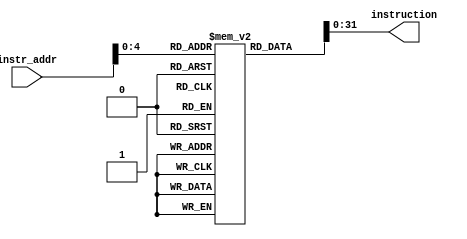
module instrmem (
    input [31:0] instr_addr,
    output [31:0] instruction
);

	reg [255:0] memory [31:0];
	
	assign instruction = memory[instr_addr];
	
	initial begin
		memory[0] = 32'b00000010100000000000000000000111;
		memory[1] = 32'b00000010100000010001000000001001;
		memory[2] = 32'b00000000100000000010000000000001;
		memory[3] = 32'b00000101100100100011000000000000;
		memory[4] = 32'b00000101100100010100000000000000;
		memory[5] = 32'b00000111100000110010000000000100;
	end

endmodule